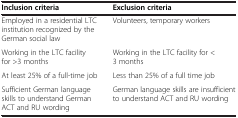
<table><thead><tr><td><b>Inclusion criteria</b></td><td><b>Exclusion criteria</b></td></tr></thead><tbody><tr><td>Employed in a residential LTC institution recognized by the German social law</td><td>Volunteers, temporary workers</td></tr><tr><td>Working in the LTC facility for &gt;3 months</td><td>Working in the LTC facility for &lt;3 months</td></tr><tr><td>At least 25% of a full-time job</td><td>Less than 25% of a full time job</td></tr><tr><td>Sufficient German language skills to understand German ACT and RU wording</td><td>German language skills are insufficient to understand ACT and RU wording</td></tr></tbody></table>